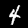
Label: 4